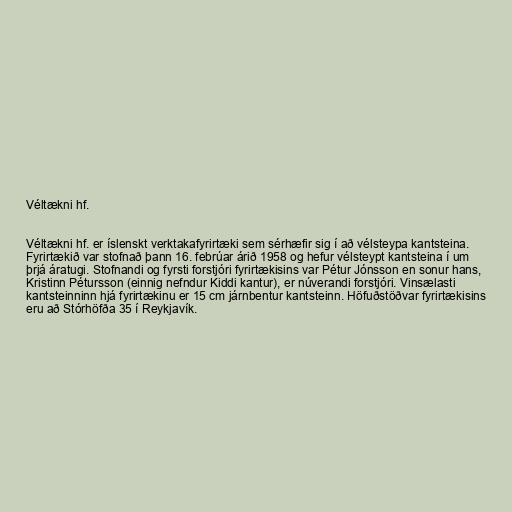
Véltækni hf.

Véltækni hf. er íslenskt verktakafyrirtæki sem sérhæfir sig í að vélsteypa kantsteina.
Fyrirtækið var stofnað þann 16. febrúar árið 1958 og hefur vélsteypt kantsteina í um
þrjá áratugi. Stofnandi og fyrsti forstjóri fyrirtækisins var Pétur Jónsson en sonur hans,
Kristinn Pétursson (einnig nefndur Kiddi kantur), er núverandi forstjóri. Vinsælasti
kantsteinninn hjá fyrirtækinu er 15 cm járnbentur kantsteinn. Höfuðstöðvar fyrirtækisins
eru að Stórhöfða 35 í Reykjavík.